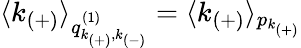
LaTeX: \langle k_{(+)}\rangle_{q_{k_{(+)},k_{(-)}}^{(1)}}=\langle k_{(+)}\rangle_{p_{k_{(+)}}}